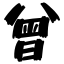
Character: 曾